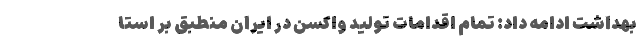
بهداشت ادامه داد: تمام اقدامات تولید واکسن در ایران منطبق بر استا